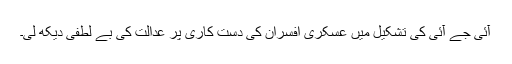
آئی جے آئی کی تشکیل میں عسکری افسران کی دست کاری پر عدالت کی بے لطفی دیکھ لی۔